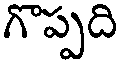
గొప్పది